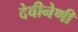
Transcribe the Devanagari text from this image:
देवीनेणी